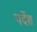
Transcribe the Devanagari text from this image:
पर्देश